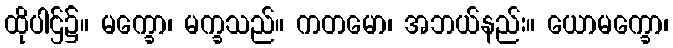
ထိုပါဌ်၌။ မက္ခော၊ မက္ခသည်။ ကတမော၊ အဘယ်နည်း။ ယောမက္ခော၊